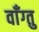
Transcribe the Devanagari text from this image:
वाँग्तु